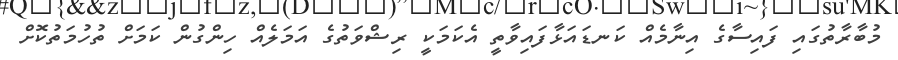
މުބާރާތުގައި ފައިސާގެ އިނާމެއް ކަނޑައަޅާފައިވާތީ އެކަމަކީ ރިޝްވަތުގެ އަމަލެއް ހިންގުން ކަަމަށް ތުހުމަތުކޮށް